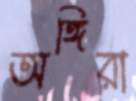
অঙ্গিরা